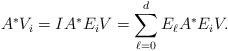
LaTeX: \begin{align*} A^* V_i = I A^* E_iV = \sum_{\ell=0}^d E_\ell A^* E_iV. \end{align*}